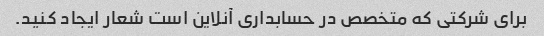
برای شرکتی که متخصص در حسابداری آنلاین است شعار ایجاد کنید.